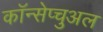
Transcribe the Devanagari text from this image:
कॉन्सेप्चुअल